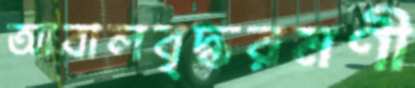
আবালবৃদ্ধরমণী